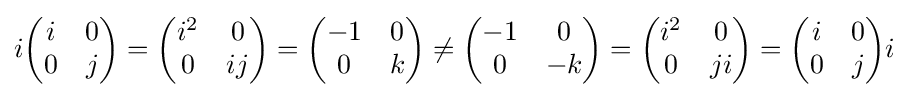
i{\begin{pmatrix}i&0\\0&j\\\end{pmatrix}}={\begin{pmatrix}i^{2}&0\\0&ij\\\end{pmatrix}}={\begin{pmatrix}-1&0\\0&k\\\end{pmatrix}}\neq {\begin{pmatrix}-1&0\\0&-k\\\end{pmatrix}}={\begin{pmatrix}i^{2}&0\\0&ji\\\end{pmatrix}}={\begin{pmatrix}i&0\\0&j\\\end{pmatrix}}i